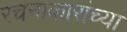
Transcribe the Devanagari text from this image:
रचनाकारांच्या